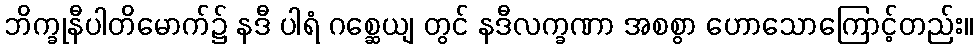
ဘိက္ခုနီပါတိမောက်၌ နဒီ ပါရံ ဂစ္ဆေယျ တွင် နဒီလက္ခဏာ အစစွာ ဟောသောကြောင့်တည်း။